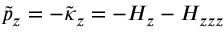
\tilde { p } _ { z } = - \tilde { \kappa } _ { z } = - H _ { z } - H _ { z z z }